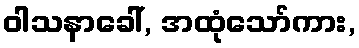
ဝါသနာခေါ်, အထုံသော်ကား,